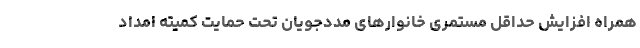
همراه افزایش حداقل مستمری خانوارهای مددجویان تحت حمایت کمیته امداد